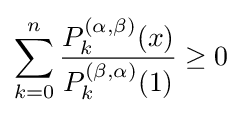
\sum _{k=0}^{n}{\frac {P_{k}^{(\alpha ,\beta )}(x)}{P_{k}^{(\beta ,\alpha )}(1)}}\geq 0